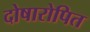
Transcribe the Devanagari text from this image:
दोषारोपित